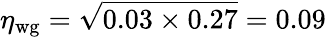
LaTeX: \eta_{\textrm{wg}}=\sqrt{0.03\times 0.27}=0.09